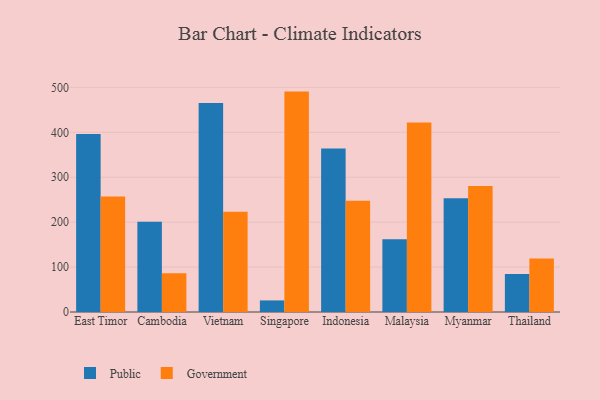
{"axis": {"x": "Country", "y": "Humidity (%)"}, "legend": ["Government", "Public"], "data": [{"x": "East Timor", "y": 396.4, "type": "Public"}, {"x": "East Timor", "y": 257.3, "type": "Government"}, {"x": "Cambodia", "y": 200.9, "type": "Public"}, {"x": "Cambodia", "y": 86.3, "type": "Government"}, {"x": "Vietnam", "y": 465.5, "type": "Public"}, {"x": "Vietnam", "y": 223.4, "type": "Government"}, {"x": "Singapore", "y": 25.8, "type": "Public"}, {"x": "Singapore", "y": 490.6, "type": "Government"}, {"x": "Indonesia", "y": 363.8, "type": "Public"}, {"x": "Indonesia", "y": 247.8, "type": "Government"}, {"x": "Malaysia", "y": 162.1, "type": "Public"}, {"x": "Malaysia", "y": 421.7, "type": "Government"}, {"x": "Myanmar", "y": 253.0, "type": "Public"}, {"x": "Myanmar", "y": 280.7, "type": "Government"}, {"x": "Thailand", "y": 84.7, "type": "Public"}, {"x": "Thailand", "y": 119.3, "type": "Government"}]}